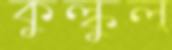
কুল্‌কুল্‌